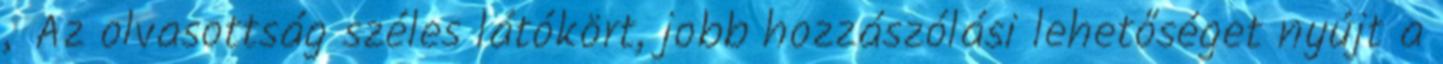
„Az olvasottság széles látókört, jobb hozzászólási lehetőséget nyújt a